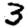
Digit: 3